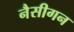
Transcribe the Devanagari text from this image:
नैसीगन